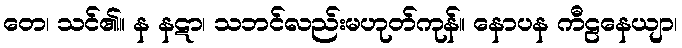
တေ၊ သင်၏။ န နဋာ၊ သဘင်လည်းမဟုတ်ကုန်။ နောပန ကီဠနေယျာ၊